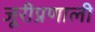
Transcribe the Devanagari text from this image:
जूरीप्रणाली